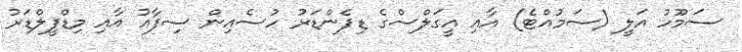
ސަމޫހު އަލީ (ސަމުއްޓެ) އާއި އީގަލްސްގެ ޑިފެންޑަރު ހުސެއިން ސިފާއު އާއި މިޑްފީލްޑަރު